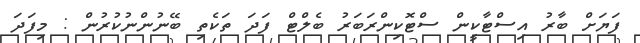
ފަޔަށް ބާރު އިސްޓާކީން ސްޓޮކިންރަބަރު ބެލްޓް ފަދަ ތަކެތި ބޭނުންނުކުރުން : މިފަދަ